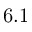
6 . 1